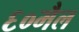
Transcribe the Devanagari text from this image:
६०मैल